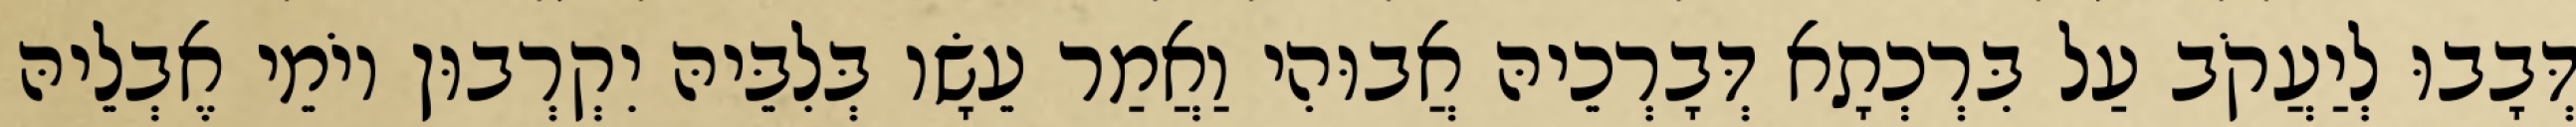
דְּבָבוּ לְיַעֲקֹב עַל בִּרְכְתָא דְּבָרְכֵיהּ אֲבוּהִי וַאֲמַר עֵשָׂו בְּלִבֵּיהּ יִקְרְבוּן יוֹמֵי אֶבְלֵיהּ